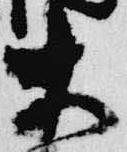
大